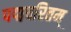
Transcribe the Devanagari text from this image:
पद्मचरितम्